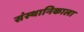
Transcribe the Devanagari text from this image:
संस्थानिकाला